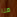
هنا